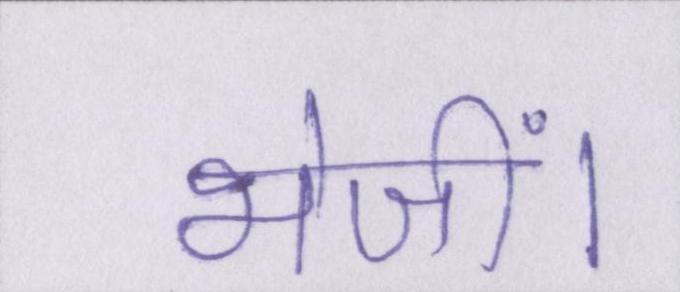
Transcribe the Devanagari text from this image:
भेजीं।